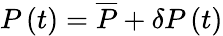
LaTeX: P\left(t\right)=\overline{{P}}+\delta P\left(t\right)